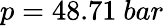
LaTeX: p=48.71\ bar